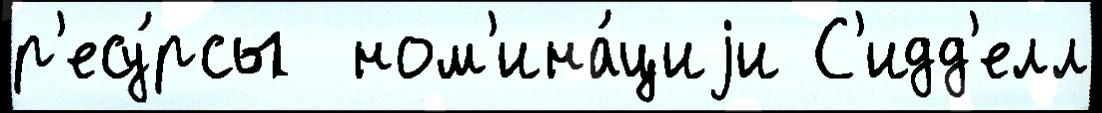
р'есу́рсы  ном'ина́циjи С'идд'елл